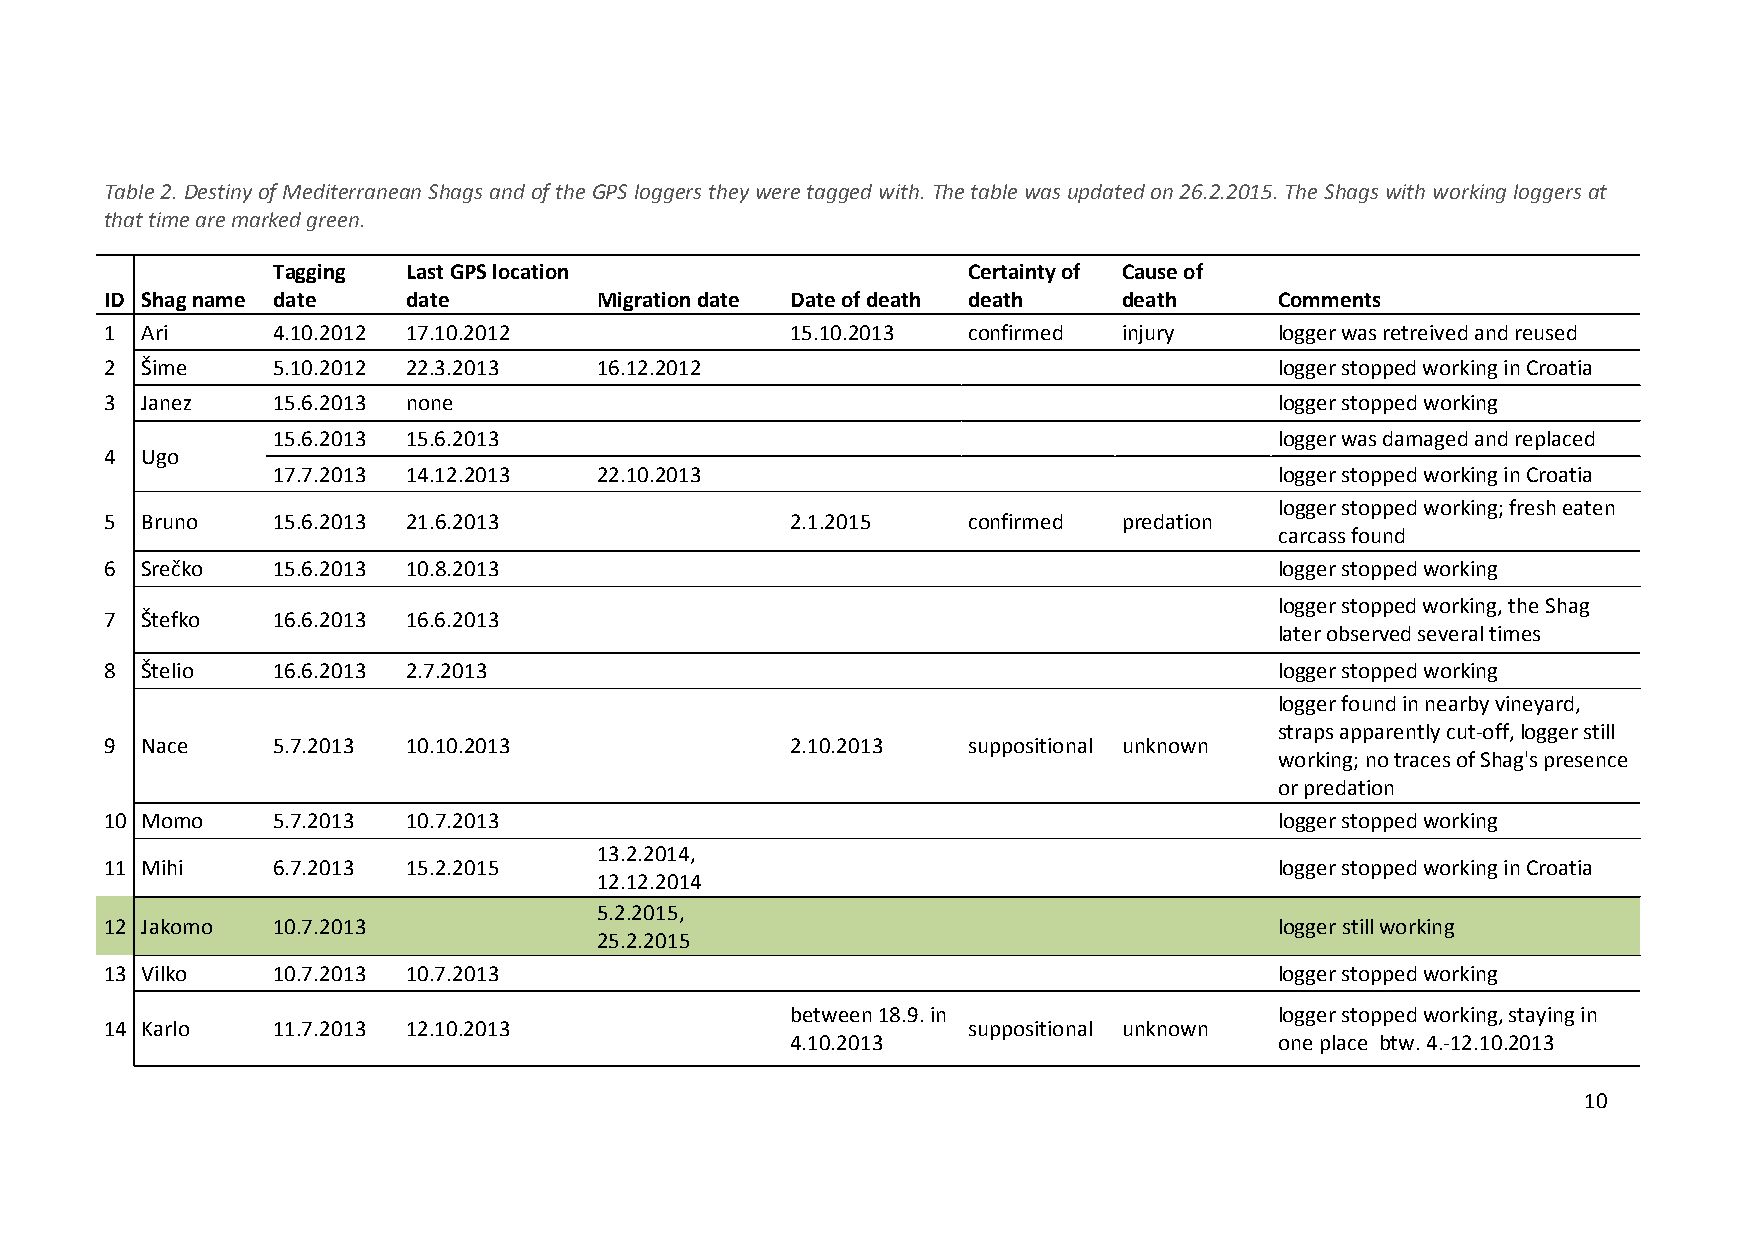
Table 2. Destiny of Mediterranean Shags and of the GPS loggers they were tagged with. The table was updated on 26.2.2015. The Shags with working loggers at
 that time are marked green.
 Tagging  Last GPS location                    Certainty of Cause of
 ID Shag name date   date         Migration date Date of death death death     Comments
 1 Ari      4.10.2012 17.10.2012              15.10.2013  confirmed injury     logger was retreived and reused
 2 Šime     5.10.2012 22.3.2013   16.12.2012                                   logger stopped working in Croatia
 3 Janez    15.6.2013 none                                                     logger stopped working
 15.6.2013 15.6.2013                                                logger was damaged and replaced
 4 Ugo
 17.7.2013 14.12.2013  22.10.2013                                   logger stopped working in Croatia
 logger stopped working; fresh eaten
 5 Bruno    15.6.2013 21.6.2013               2.1.2015    confirmed predation
 carcass found
 6 Srečko   15.6.2013 10.8.2013                                                logger stopped working
 logger stopped working, the Shag
 7 Štefko   16.6.2013 16.6.2013
 later observed several times
 8 Štelio   16.6.2013 2.7.2013                                                 logger stopped working
 logger found in nearby vineyard,
 straps apparently cut-off, logger still
 9 Nace     5.7.2013 10.10.2013               2.10.2013   suppositional unknown
 working; no traces of Shag's presence
 or predation
 10 Momo    5.7.2013 10.7.2013                                                 logger stopped working
 13.2.2014,
 11 Mihi    6.7.2013 15.2.2015                                                 logger stopped working in Croatia
 12.12.2014
 5.2.2015,
 12 Jakomo  10.7.2013                                                          logger still working
 25.2.2015
 13 Vilko   10.7.2013 10.7.2013                                                logger stopped working
 between 18.9. in                 logger stopped working, staying in
 14 Karlo   11.7.2013 12.10.2013                          suppositional unknown
 4.10.2013                        one place btw. 4.-12.10.2013
 10